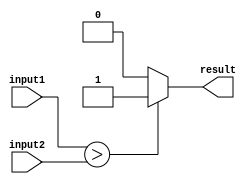
module Greater_than_comparator (
    input [7:0] input1,
    input [7:0] input2,
    output reg result
);

always @(*) begin
    if (input1 > input2) begin
        result = 1;
    end else begin
        result = 0;
    end
end

endmodule